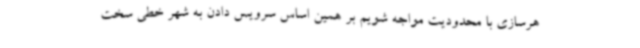
هرسازی با محدودیت مواجه شویم بر همین اساس سرویس دادن به شهر خطی سخت